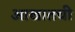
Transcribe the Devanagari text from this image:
आखातची